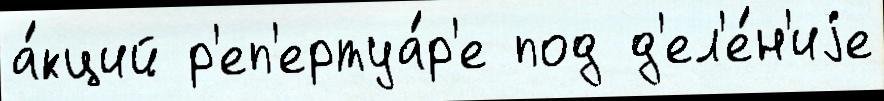
а́кций р'еп'ертуа́р'е под д'ел'е́н'иjе